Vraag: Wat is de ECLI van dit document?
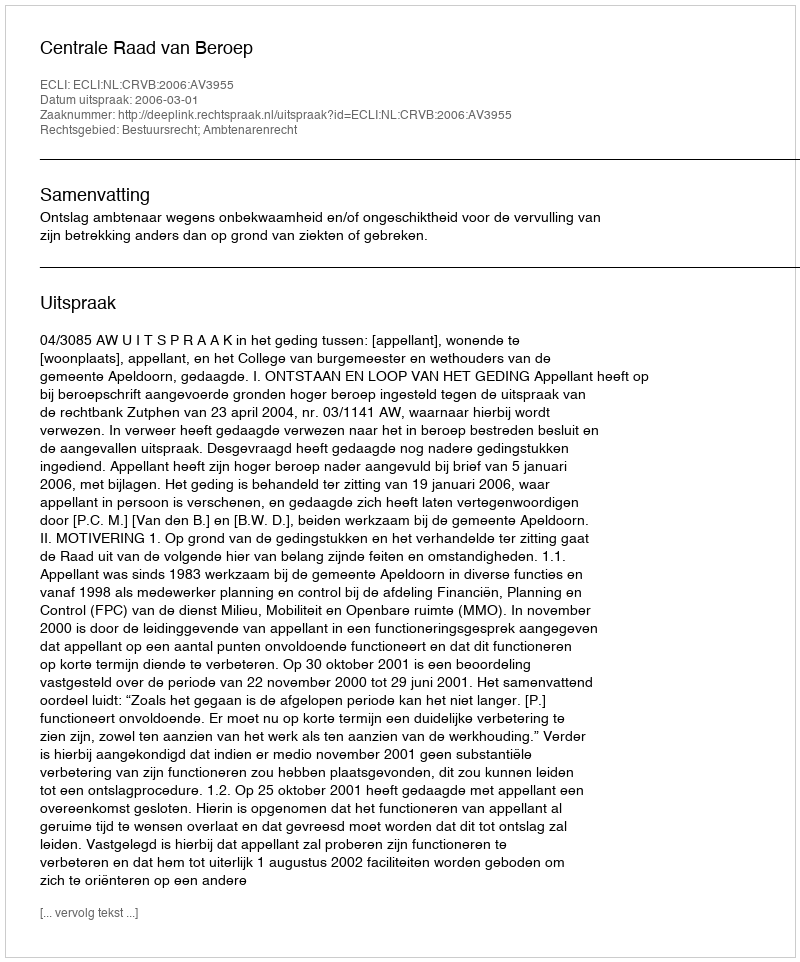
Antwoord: ECLI:NL:CRVB:2006:AV3955